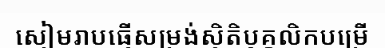
សៀមរាបធ្វើសម្រង់ស្ថិតិបុគ្គលិកបម្រើ